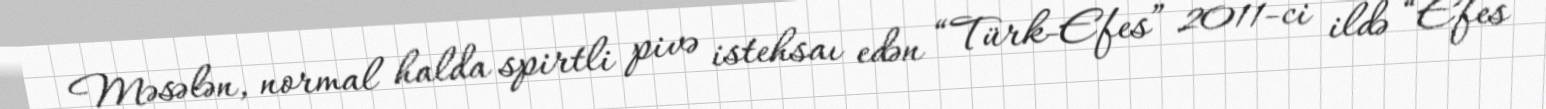
Məsələn, normal halda spirtli pivə istehsaı edən “Türk-Efes” 2011-ci ildə “Efes